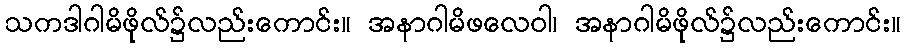
သကဒါဂါမိဖိုလ်၌လည်းကောင်း။ အနာဂါမိဖလေဝါ၊ အနာဂါမိဖိုလ်၌လည်းကောင်း။